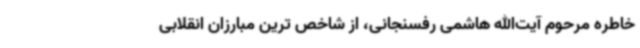
خاطره مرحوم آیت‌الله هاشمی رفسنجانی، از شاخص ترین مبارزان انقلابی